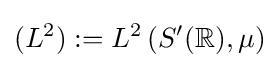
(L^{2}):=L^{2}\left(S'(\mathbb {R} ),\mu \right)